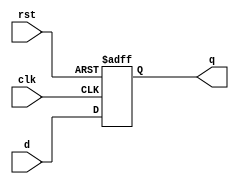
module flopr #(parameter WIDTH = 8)
              (clk, rst, d, q);
               
   input              clk;
   input              rst;
   input  [WIDTH-1:0] d;
   output [WIDTH-1:0] q;
   
   reg [WIDTH-1:0] q_r;
               
   always @(posedge clk or posedge rst) begin
      if ( rst ) 
         q_r <= 0;
      else 
         q_r <= d;
   end // end always
   
   assign q = q_r;
      
endmodule